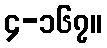
၄-၁၆၇။